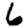
Digit: 6